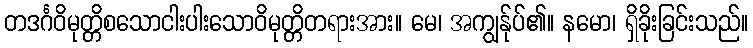
တဒင်္ဂဝိမုတ္တိစသောငါးပါးသောဝိမုတ္တိတရားအား။ မေ၊ အကျွန်ုပ်၏။ နမော၊ ရှိခိုးခြင်းသည်။